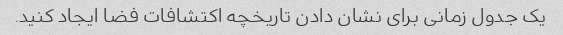
یک جدول زمانی برای نشان دادن تاریخچه اکتشافات فضا ایجاد کنید.